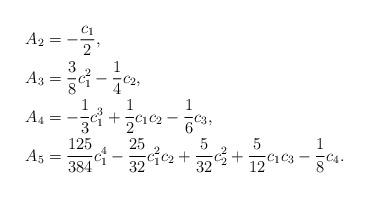
LaTeX: \begin{align*}&A_2=-\frac{c_1}{2},\\& A_3=\frac{3}{8}c_1^2-\frac{1}{4}c_2,\\& A_4=-\frac{1}{3}c_1^3+\frac{1}{2}c_1c_2-\frac{1}{6}c_3,\\& A_5=\frac{125}{384}c_1^4-\frac{25}{32}c_1^2c_2+\frac{5}{32}c_2^2+\frac{5}{12}c_1c_3-\frac{1}{8}c_4.\end{align*}